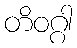
တိဝဂ္ဂါ